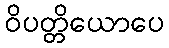
ဝိပတ္တိယောပေ